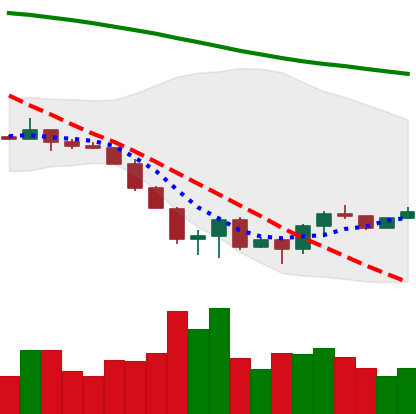
Ticker: ETC-USD
Chart end date: 2022-06-24
Forward return: -7.383%
Label: down_7plus